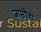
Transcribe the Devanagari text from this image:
जासपेहर